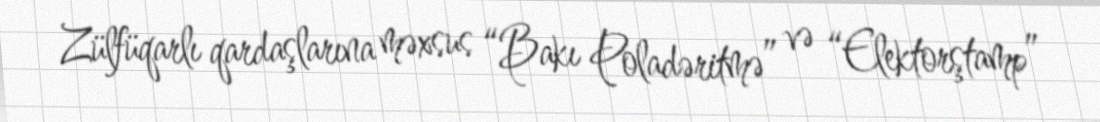
Zülfüqarlı qardaşlarına məxsus “Bakı Poladəritmə” və “Elektorştamp”